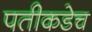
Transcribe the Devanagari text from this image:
पतीकडेच